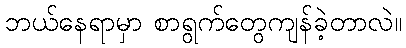
ဘယ်နေရာမှာ စာရွက်တွေကျန်ခဲ့တာလဲ။